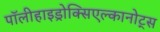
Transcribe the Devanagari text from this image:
पॉलीहाइड्रोक्सिएल्कानोट्स